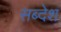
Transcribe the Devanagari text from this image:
सब्देश